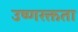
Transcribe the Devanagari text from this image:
उष्णरक्तता